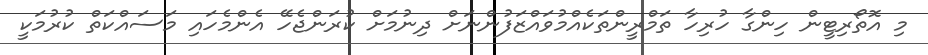
މި އޮތޯރިޓީން ހިންގާ ހުރިހާ ތަމްރީންތަކެއްމުވައްޒަފުންނަށް ދިނުމަށް ކުރަންޖެހޭ އެންމެހައި މަސައްކަތް ކުރުމަކީ